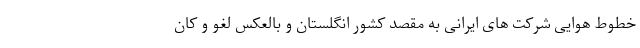
خطوط هوایی شرکت های ایرانی به مقصد کشور انگلستان و بالعکس لغو و کان